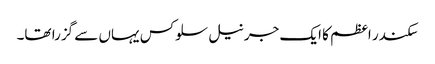
سکندر اعظم کا ایک جرنیل سلوکس یہاں سے گزرا تھا۔